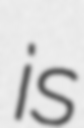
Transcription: is